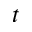
t